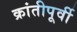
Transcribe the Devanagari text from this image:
क्रांतीपूर्वी